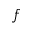
\boldsymbol { f }